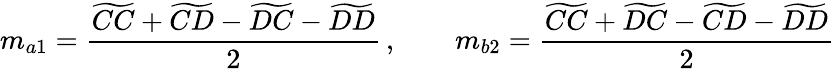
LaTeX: m_{a1}=\frac{\widetilde{CC}+\widetilde{CD}-\widetilde{DC}-\widetilde{DD}}{2}\, ,\qquad m_{b2}=\frac{\widetilde{CC}+\widetilde{DC}-\widetilde{CD}-\widetilde{DD}}{2}